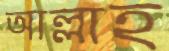
আল্লাহ